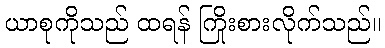
ယာစုကိုသည် ထရန် ကြိုးစားလိုက်သည်။